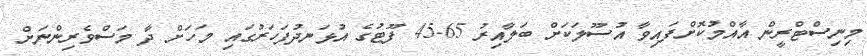
މިނިސްޓްރީން އާއްމުކޮށްފައިވާ އުސޫލަކަަށް ބަލާއިރު 65-45 ފޫޓުގެ އުޅަނދުފަހަރުގައި މަހަށް ދާ މަސްވެރިންނަށް